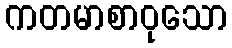
ကတမာစာဝုသော